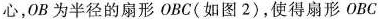
心，OB为半径的扇形OBC(如图2)，使得扇形OBC